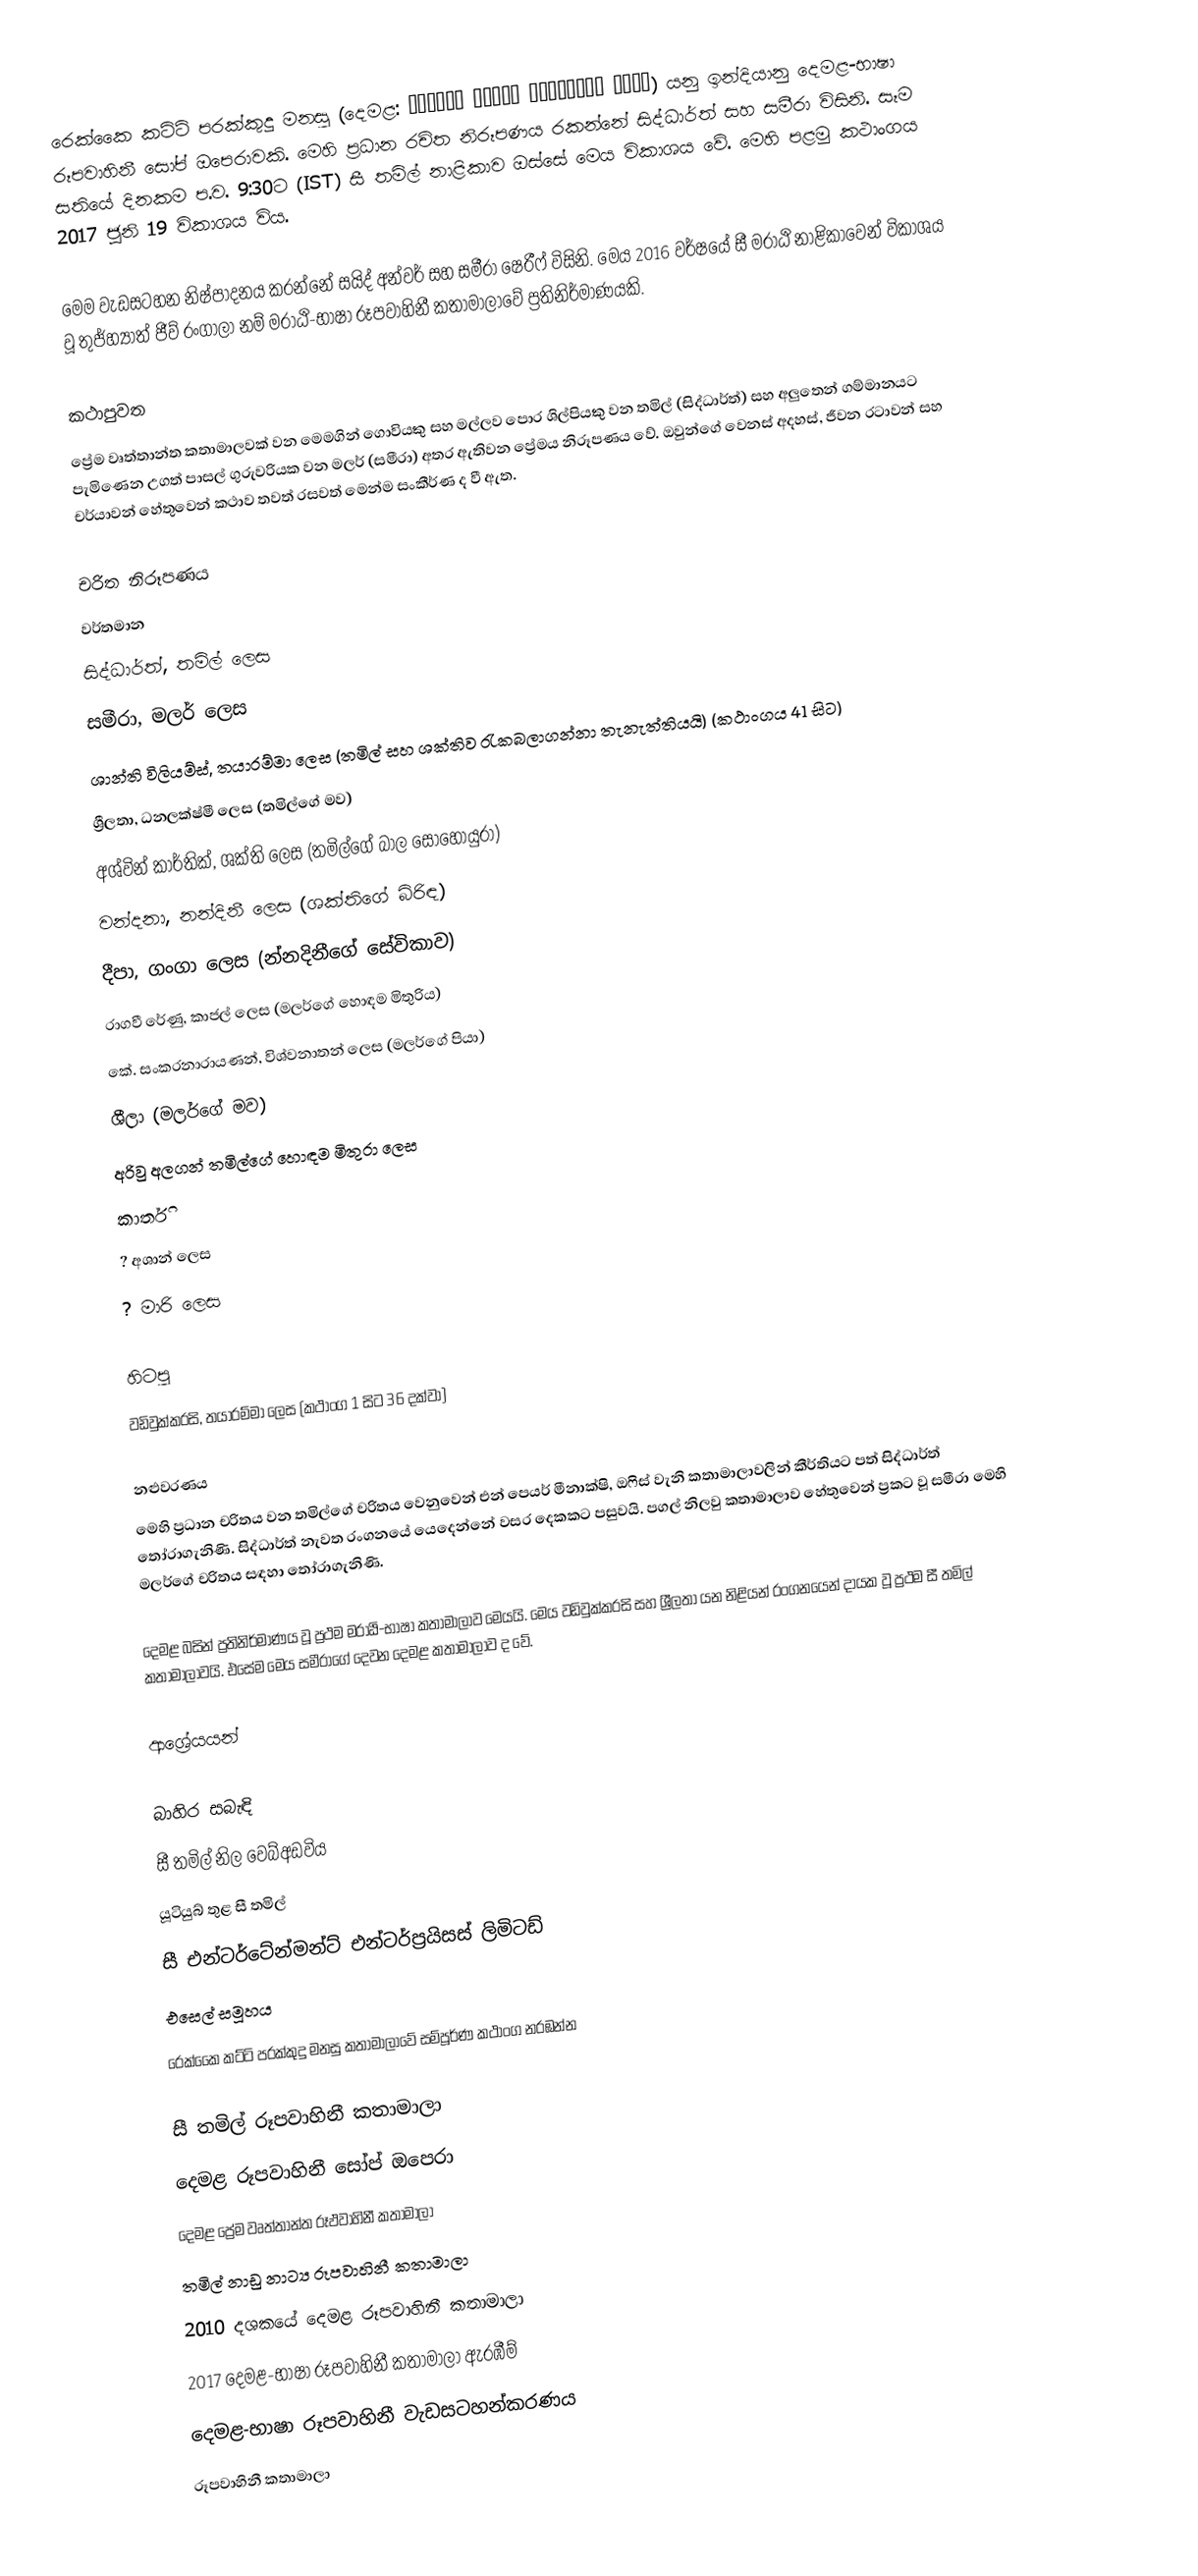
රෙක්කෛ කට්ටි පරක්කුදු මනසු (දෙමළ: றெக்கை கட்டி பறக்குது மனசு) යනු ඉන්දියානු දෙමළ-භාෂා රූපවාහිනී සෝප් ඔපෙරාවකි. මෙහි ප්‍රධාන රචිත නිරූපණය රකන්නේ සිද්ධාර්ත් සහ සමීරා විසිනි. සෑම සතියේ දිනකම ප.ව. 9:30ට (IST) සී තමිල් නාළිකාව ඔස්සේ මෙය විකාශය වේ. මෙහි පළමු කථාංගය 2017 ජූනි 19 විකාශය විය.

මෙම වැඩසටහන නිෂ්පාදනය කරන්නේ සයිද් අන්වර් සහ සමීරා ෂෙරීෆ් විසිනි. මෙය 2016 වර්ෂයේ සී මරාඨි නාළිකාවෙන් විකාශය වූ තුජ්හ්‍යාත් ජීව් රංගාලා නම් මරාඨි-භාෂා රූපවාහිනී කතාමාලාවේ ප්‍රතිනිර්මාණයකි.

කථාපුවත
ප්‍රේම වෘත්තාන්ත කතාමාලවක් වන මෙමගින් ගොවියකු සහ මල්ලව පොර ශිල්පියකු වන තමිල් (සිද්ධාර්ත්) සහ අලුතෙන් ගම්මානයට පැමිණෙන උගත් පාසල් ගුරුවරියක වන මලර් (සමීරා) අතර ඇතිවන ප්‍රේමය නිරූපණය වේ. ඔවුන්‍ගේ වෙනස් අදහස්, ජීවන රටාවන් සහ චර්යාවන් හේතුවෙන් කථාව තවත් රසවත් මෙන්ම සංකීර්ණ ද වී ඇත.

චරිත නිරූපණය
වර්තමාන
 සිද්ධාර්ත්, තමිල් ලෙස
 සමීරා, මලර් ලෙස
 ශාන්ති විලියම්ස්, තයාරම්මා ලෙස (තමිල් සහ ශක්තිව රැකබලාගන්නා තැනැත්තියයි) (කථාංගය 41 සිට)
 ශ්‍රීලතා, ධනලක්ෂ්මී ලෙස (තමිල්ගේ මව)
 අශ්වින් කාර්තික්, ශක්ති ලෙස (තමිල්ගේ බාල සොහොයුරා)
 වන්දනා, නන්දිනී ලෙස (ශක්තිගේ බිරිඳ)
 දීපා, ගංගා ලෙස (න්නදිනීගේ සේවිකාව)
 රාගවී රේණු, කාජල් ලෙස (මලර්ගේ හොඳම මිතුරිය)
 කේ. සංකරනාරායණන්, විශ්වනාතන් ලෙස (මලර්ගේ පියා)
 ශීලා (මලර්ගේ මව)
 අරිවු අලගන් තමිල්ගේ හොඳම මිතුරා ලෙස
 කාර්ති
 ? අශාන් ලෙස
 ? මාරි ලෙස

හිටපු
 වඩිවුක්කරසි, තයාරම්මා ලෙස (කථාංග 1 සිට 36 දක්වා)

නළුවරණය
මෙහි ප්‍රධාන චරිතය වන තමිල්ගේ චරිතය වෙනුවෙන් එන් පෙයර් මීනාක්ෂි, ඔෆිස් වැනි කතාමාලාවලින් කීර්තියට පත් සිද්ධාර්ත් ‍තෝරාගැනිණි. සිද්ධාර්ත් නැවත රංගනයේ යෙදෙන්නේ වසර දෙකකට පසුවයි. පගල් නිලවු කතාමාලාව හේතුවෙන් ප්‍රකට වූ සමීරා මෙහි මලර්ගේ චරිතය සඳහා තෝරාගැනිණි.

දෙමළ බසින් ප්‍රතිනිර්මාණය වූ ප්‍රථම මරාඨි-භාෂා කතාමාලාව මෙයයි. මෙය වඩිවුක්කරසි සහ ශ්‍රීලතා යන නිළියන් රංගනයෙන් දායක වූ ප්‍රථම සී තමිල් කතාමාලාවයි. එසේම මෙය සමීරාගේ දෙවන දෙමළ කතාමාලාව ද වේ.

ආශ්‍රේයයන්

බාහිර සබැඳි
 සී තමිල් නිල වෙබ්අඩවිය
 යූටියුබ් තුළ සී තමිල්
 සී එන්ටර්ටේන්මන්ට් එන්ටර්ප්‍රයිසස් ලිමිටඩ්
 එසෙල් සමූහය
 රෙක්කෛ කට්ටි පරක්කුදු මනසු කතාමාලා‍වේ සම්පූර්ණ කථාංග නරඹන්න

සී තමිල් රූපවාහිනී කතාමාලා
දෙමළ රූපවාහිනී සෝප් ඔපෙරා
දෙමළ ප්‍රේම වෘත්තාන්ත රූඵවාහිනී කතාමාලා
තමිල් නාඩු නාට්‍ය රූපවාහිනී කතාමාලා
2010 දශකයේ දෙමළ රූපවාහිනී කතාමාලා
2017 දෙමළ-භාෂා රූපවාහිනී කතාමාලා ඇරඹීම්
දෙමළ-භාෂා රූපවාහිනී වැඩසටහන්කරණය
රූපවාහිනී කතාමාලා